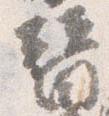
替